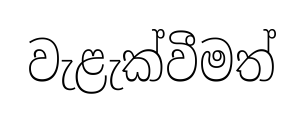
වැළැක්වීමත්